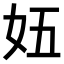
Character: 𫰌